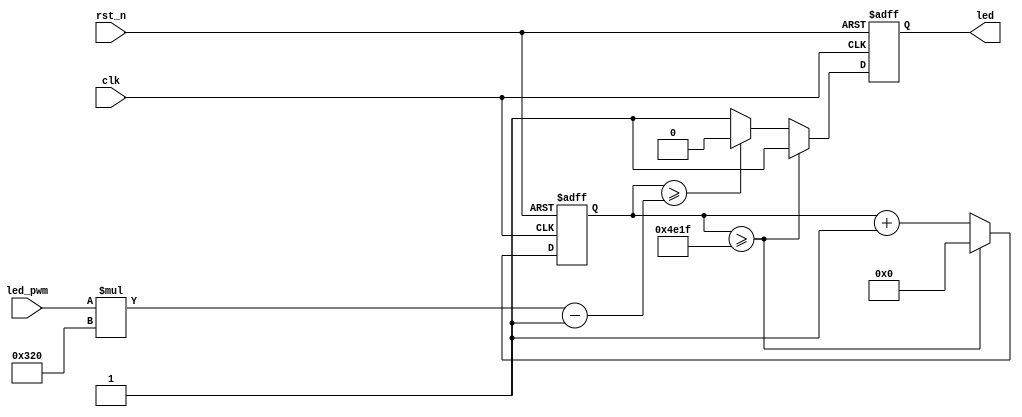
`timescale 1ns / 1ps
//////////////////////////////////////////////////////////////////////////////////
// Company: 
// Engineer: 
// 
// Design Name: 
// Module Name:    LED_PWM 
// Project Name: 
// Target Devices: 
// Tool versions: 
// Description: 
//
// Dependencies: 
//
// Revision: 
// Revision 0.01 - File Created
// Additional Comments: 
//
//////////////////////////////////////////////////////////////////////////////////
module LED_PWM
(
	input      clk,
	input      rst_n,
	input[7:0] led_pwm,
	output reg led
);
localparam[15:0] Counter = 16'd19999;//125Hz//= pwm * 100 - 1
reg[15:0] clk_cnt;
wire[15:0] pwm_cnt = led_pwm * 16'd800 - 1;
always@(posedge clk or negedge rst_n)
begin
	if(!rst_n)
	begin
		clk_cnt <= 16'b0;
		led <= 1'b0;
	end
	else if(clk_cnt >= Counter)
	begin
		clk_cnt <= 16'b0;
		led <= 1'b1;
	end
	else if(clk_cnt >= pwm_cnt)
	begin
		clk_cnt <= clk_cnt + 16'b1;
		led <= 1'b0;
	end
	else
	begin
		clk_cnt <= clk_cnt + 16'b1;
		led <= 1'b1;
	end
end
endmodule